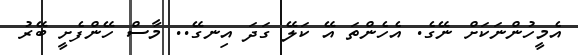
އެމީހުންނަކަށް ނޭގެ. އެހެންތަ އޭ ކަލޭ ގަދަ އިނގޭ.. މާސް ހޭންފެށީ ބޭރު